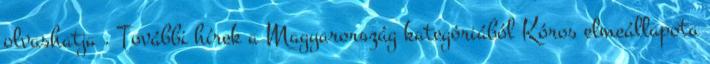
olvashatja . További hírek a Magyarország kategóriából Kóros elmeállapota